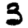
Digit: 3